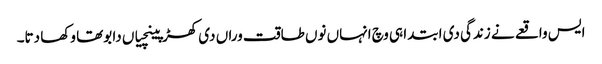
ایس واقعے نے زندگی دی ابتدا ہی وچ انہاں نوں طاقت وراں دی کھڑپینچیاں دا بوتھا وکھا دتا۔